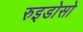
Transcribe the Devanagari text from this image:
रुइडोसो